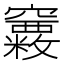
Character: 𥩂